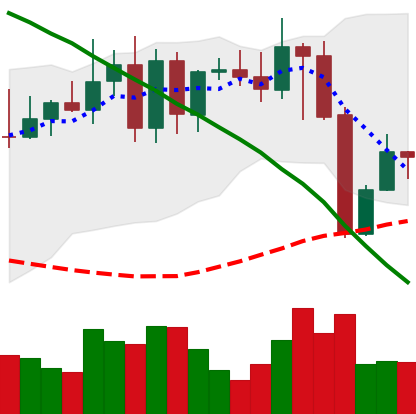
Ticker: XMR-USD
Chart end date: 2022-08-22
Forward return: -5.741%
Label: down_5_7